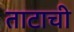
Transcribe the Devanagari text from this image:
ताटाची